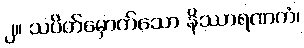
၂။ သပိတ်မှောက်သော နိဿာရဏကံ၊